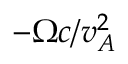
- \Omega c / v _ { A } ^ { 2 }